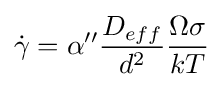
{\dot {\gamma }}=\alpha ''{\frac {D_{eff}}{d^{2}}}{\frac {\Omega \sigma }{kT}}